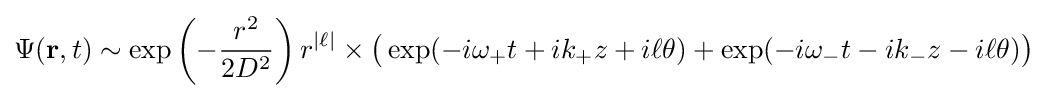
\Psi (\mathbf {r} ,t)\sim \exp \left(-{\frac {r^{2}}{2D^{2}}}\right)r^{|\ell |}\times {\big (}\exp(-i\omega _{+}t+ik_{+}z+i\ell \theta )+\exp(-i\omega _{-}t-ik_{-}z-i\ell \theta ){\big )}